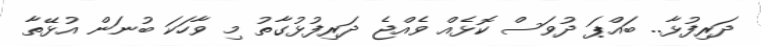
ދަރިފުޅާ.. ބައްޕަ ދުވަސް ކޮޅެއް ވެއްޖެ ދަރިފުޅުގާތު މި ވާހަކަ ބުނަން އުޅޭތާ